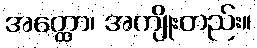
အတ္ထော၊ အကျိုးတည်း။